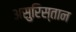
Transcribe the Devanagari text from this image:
असुरिस्तान